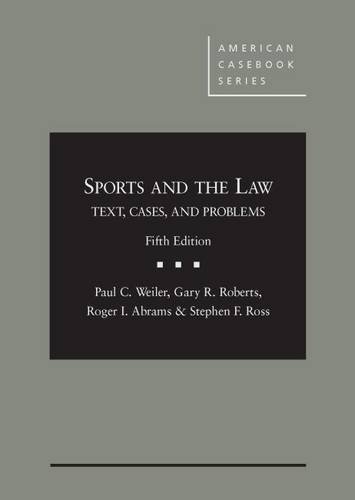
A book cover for Sports and the Law: Text, Cases and Problems (American Casebook Series); Paul Weiler; Law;